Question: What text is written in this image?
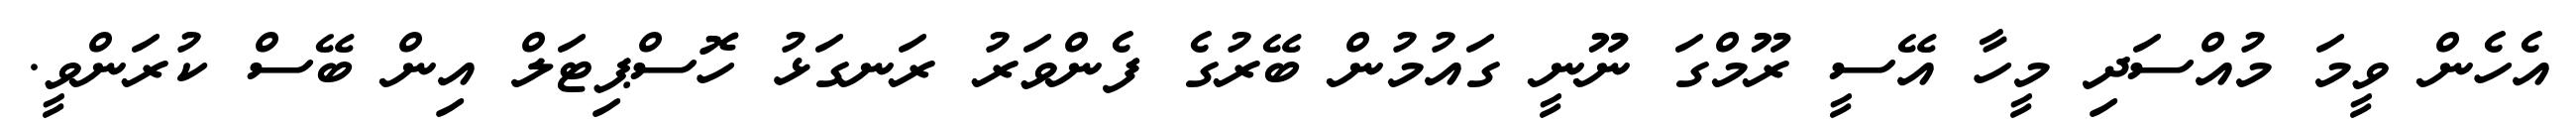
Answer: އެހެން ވީމަ މުއްސަދި މީހާ އޭސީ ރޫމްގަ ނޫނީ ގައުމުން ބޭރުގެ ފެންވަރު ރަނގަޅު ހޮސްޕިޓަލް އިން ބޭސް ކުރަންވީ.